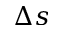
\Delta s